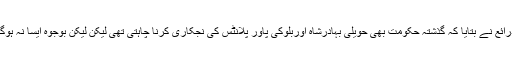
ذرائع نے بتایا کہ گذشتہ حکومت بھی حویلی بہادرشاہ اوربلوکی پاور پلانٹس کی نجکاری کرنا چاہتی تھی لیکن لیکن بوجوہ ایسا نہ ہوگا۔